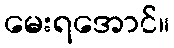
မေးရအောင်။